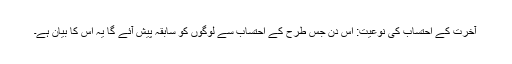
آخرت کے احتساب کی نوعیت: اس دن جس طرح کے احتساب سے لوگوں کو سابقہ پیش آئے گا یہ اس کا بیان ہے۔